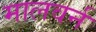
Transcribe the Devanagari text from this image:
मालवर्न